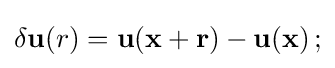
\delta \mathbf {u} (r)=\mathbf {u} (\mathbf {x} +\mathbf {r} )-\mathbf {u} (\mathbf {x} )\,;